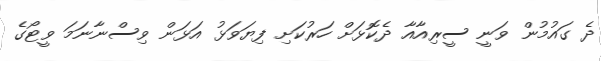
ދެ ގައުމުން ވަނީ ސީރިއާއާ ދެކޮޅަށް ހަރުކަށި ފިޔަވަޅު އަޅަން ވިސްނާނަމަ ވީޓޯގެ